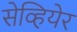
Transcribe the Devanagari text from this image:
सेव्हियेर